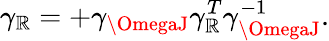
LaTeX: \gamma_{\mathbb{R}}=+\gamma_{\OmegaJ}\gamma_{\mathbb{R}}^{T}\gamma_{\OmegaJ}^{-1}.